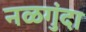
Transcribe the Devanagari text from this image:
नळगुंदा